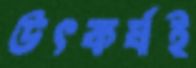
উৎকর্ষই